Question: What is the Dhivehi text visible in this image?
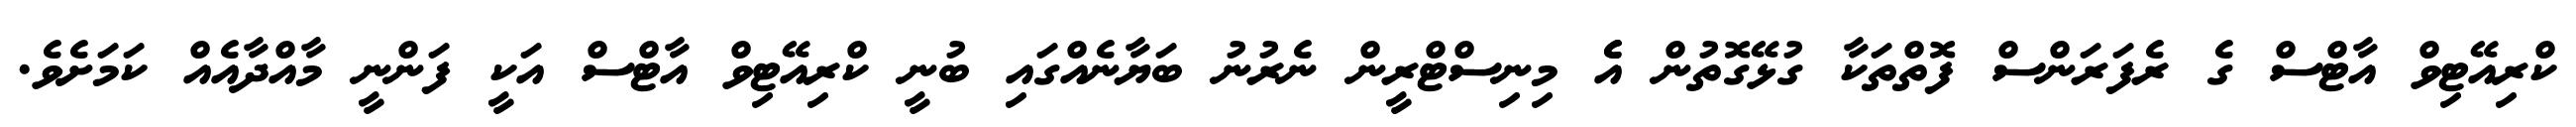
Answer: ކްރިއޭޓިވް އާޓްސް ގެ ރެފަރަންސް ފޮތްތަކާ ގުޅޭގޮތުން އެެ މިނިސްޓްރީން ނެރުނު ބަޔާނެއްގައި ބުނީ ކްރިއޭޓިވް އާޓްސް އަކީ ފަންނީ މާއްދާއެއް ކަމަށެވެ.